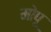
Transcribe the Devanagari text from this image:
मोपू